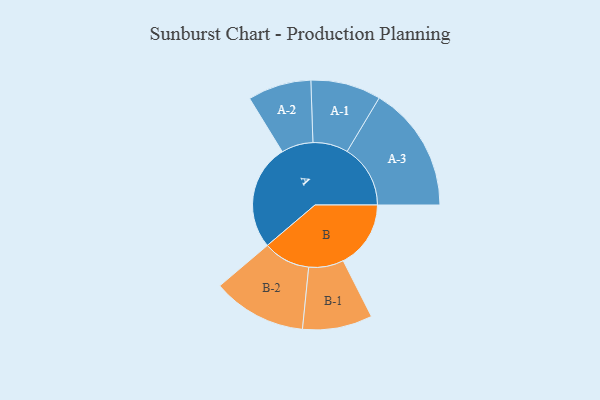
{"axis": {"x": "Segment", "y": "Value"}, "legend": ["", "A", "B"], "data": [{"x": "A", "y": 463, "type": ""}, {"x": "B", "y": 296, "type": ""}, {"x": "A-1", "y": 154, "type": "A"}, {"x": "A-2", "y": 139, "type": "A"}, {"x": "A-3", "y": 277, "type": "A"}, {"x": "B-1", "y": 153, "type": "B"}, {"x": "B-2", "y": 206, "type": "B"}]}